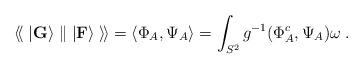
LaTeX: \begin{align*}\langle\!\langle\;\vert {\bf G}\rangle\parallel \vert {\bf F}\rangle\;\rangle\!\rangle=\langle\Phi_A,\Psi_A\rangle=\int_{S^2}g^{-1}(\Phi_A^c,\Psi_A)\omega\;.\end{align*}